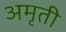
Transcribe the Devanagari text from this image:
अमृती